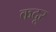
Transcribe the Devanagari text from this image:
कदूर